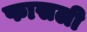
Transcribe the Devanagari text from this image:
फासली